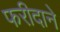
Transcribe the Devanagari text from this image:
फरीदाने